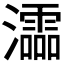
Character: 𤃩